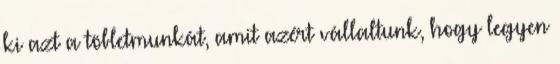
ki azt a töbletmunkát, amit azért vállaltunk, hogy legyen